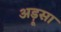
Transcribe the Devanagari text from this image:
अड़ूसा